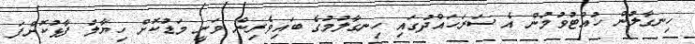
ހިނގާލުން ހުއްޓުވުމުން އެ ސަރަހައްދުގައި ހިނގާލުމުގެ ބައިވެރިން ވަނީ މަޑުކޮށް ހިޔާލު ފާޅުކޮށްފަ